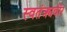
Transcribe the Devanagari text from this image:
स्वतंत्र्यवीर